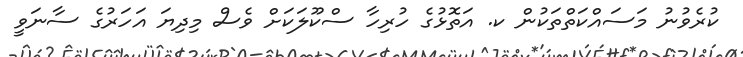
ކުރެވުނު މަސައްކަތްތަކުން ކ. އަތޮޅުގެ ހުރިހާ ސްކޫލަކަށް ވެސް މިދިޔަ އަހަރުގެ ސާނަވީ